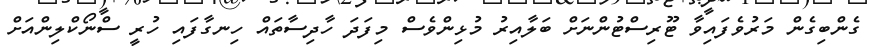
ގެންބިގެން މަރުވެފައިވާ ޓޫރިސްޓުންނަށް ބަލާއިރު މުޅިންވެސް މިފަދަ ހާދިސާތައް ހިނގާފައި ހުރީ ސްނޯކްލިންއަށް